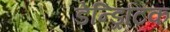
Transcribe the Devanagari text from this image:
डेन्ड्रिटिक